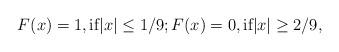
LaTeX: \begin{align*}F(x)=1, \mbox{if} |x| \leq 1/9; F(x)=0, \mbox{if} |x| \geq 2/9,\end{align*}